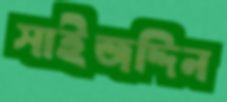
সাইজদ্দিন